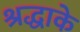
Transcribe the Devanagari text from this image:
श्रद्धाके